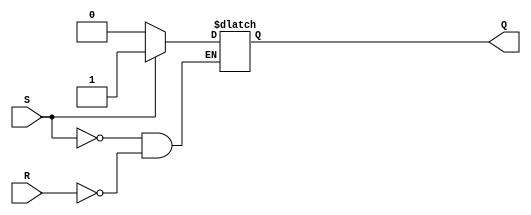
module sr_latch(
    input wire S,
    input wire R,
    output reg Q
);

always @(*) begin
    if (S) begin
        Q <= 1'b1;
    end else if (R) begin
        Q <= 1'b0;
    end
end

endmodule